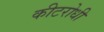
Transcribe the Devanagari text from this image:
कीटरोधी